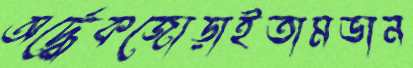
অর্দ্ধেকজোড়াইতামভান